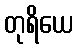
တုရိယေ